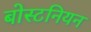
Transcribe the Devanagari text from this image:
बोस्टनियन